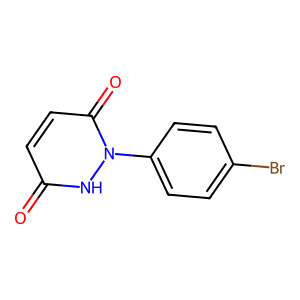
SMILES: O=c1ccc(=O)n(-c2ccc(Br)cc2)[nH]1
Inhibits HIV replication: No